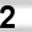
Digit: 2